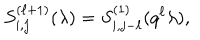
S _ { i , j } ^ { ( \ell + 1 ) } ( \lambda ) = S _ { i , j - \ell } ^ { ( 1 ) } ( q ^ { \ell } \lambda ) ,